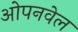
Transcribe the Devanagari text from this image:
ओपनवेल